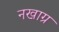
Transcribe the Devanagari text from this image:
नखाग्र